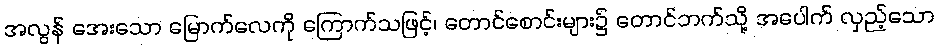
အလွန် အေးသော မြောက်လေကို ကြောက်သဖြင့်၊ တောင်စောင်းများ၌ တောင်ဘက်သို့ အပေါက် လှည့်သော